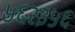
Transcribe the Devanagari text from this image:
५६२३५६